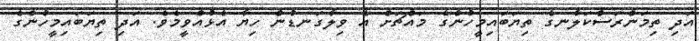
އަދި ތިމަންރަސްކަލާނގެ ތިޔަބައިމީހުންގެ މައްޗަށް އެ ވިލާގަނޑުން ހިޔާ އެޅުއްވީމެވެ. އަދި ތިޔަބައިމީހުންގެ